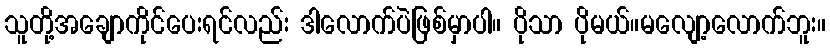
သူတို့အချောကိုင်ပေးရင်လည်း ဒါလောက်ပဲဖြစ်မှာပါ။ ပိုသာ ပိုမယ်။မလျော့လောက်ဘူး။